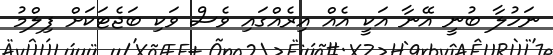
ނަހުލާ ބުނީ އޭނާ އަކީ އެއް އިރެއްގައި ވެސް ވަކި ބަޖެޓަކަށް ފިލްމު